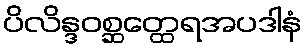
ပိလိန္ဒဝစ္ဆတ္ထေရအပဒါနံ